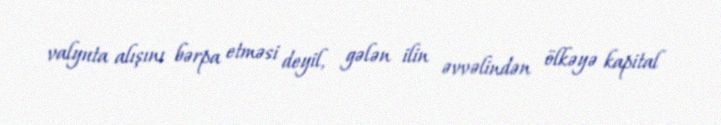
valyuta alışını bərpa etməsi deyil, gələn ilin əvvəlindən ölkəyə kapital